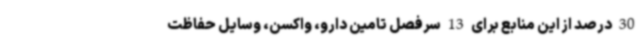
30 درصد از این منابع برای 13 سرفصل تامین دارو، واکسن، وسایل حفاظت